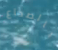
بالصداع